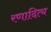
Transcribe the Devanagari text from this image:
रणादित्य